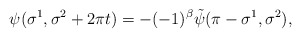
\begin{align*}\psi(\sigma^1,\sigma^2+2\pi t)=-(-1)^\beta\tilde\psi(\pi-\sigma^1,\sigma^2),\end{align*}